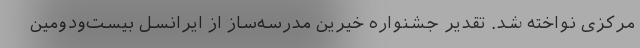
مرکزی نواخته شد. تقدیر جشنواره خیرین مدرسه‌ساز از ایرانسل بیست‌ودومین